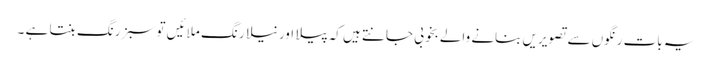
یہ بات رنگوں سے تصویریں بنانے والے بخوبی جانتے ہیں کہ پیلا اور نیلا رنگ ملائیں تو سبز رنگ بنتا ہے ۔